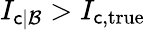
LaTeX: I_{\mathsf{c}|\mathcal{{B}}}>I_{\mathsf{c},\mathrm{{true}}}